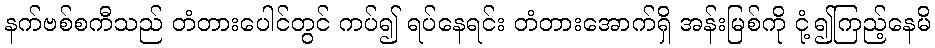
နက်ဗစ်စကီသည် တံတားပေါင်တွင် ကပ်၍ ရပ်နေရင်း တံတားအောက်ရှိ အန်းမြစ်ကို ငုံ့၍ကြည့်နေမိ